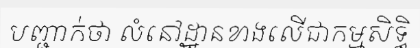
បញ្ជាក់ថា លំនៅដ្ឋានខាងលើជាកម្មសិទ្ធិ